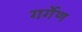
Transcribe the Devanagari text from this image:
गर्गेण